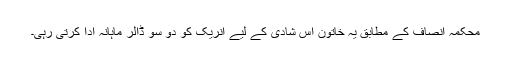
محکمہ انصاف کے مطابق یہ خاتون اس شادی کے لیے انریک کو دو سو ڈالر ماہانہ ادا کرتی رہی۔